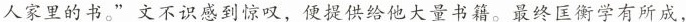
人家里的书。”文不识感到惊叹，便提供给他大量书籍。最终匡衡学有所成，